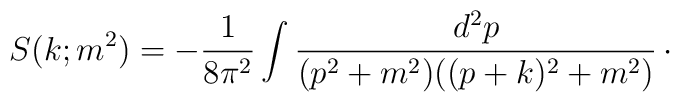
S(k;m^{2}) = -{1\over 8\pi^{2}} \int {d^{2}p\over (p^{2}+m^{2})((p+k)^{2}+m^{2})}\, \cdotp